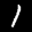
Label: 1